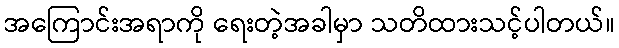
အကြောင်းအရာကို ရေးတဲ့အခါမှာ သတိထားသင့်ပါတယ်။